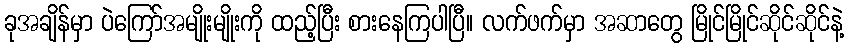
ခုအချိန်မှာ ပဲကြော်အမျိုးမျိုးကို ထည့်ပြီး စားနေကြပါပြီ။ လက်ဖက်မှာ အဆာတွေ မြိုင်မြိုင်ဆိုင်ဆိုင်နဲ့